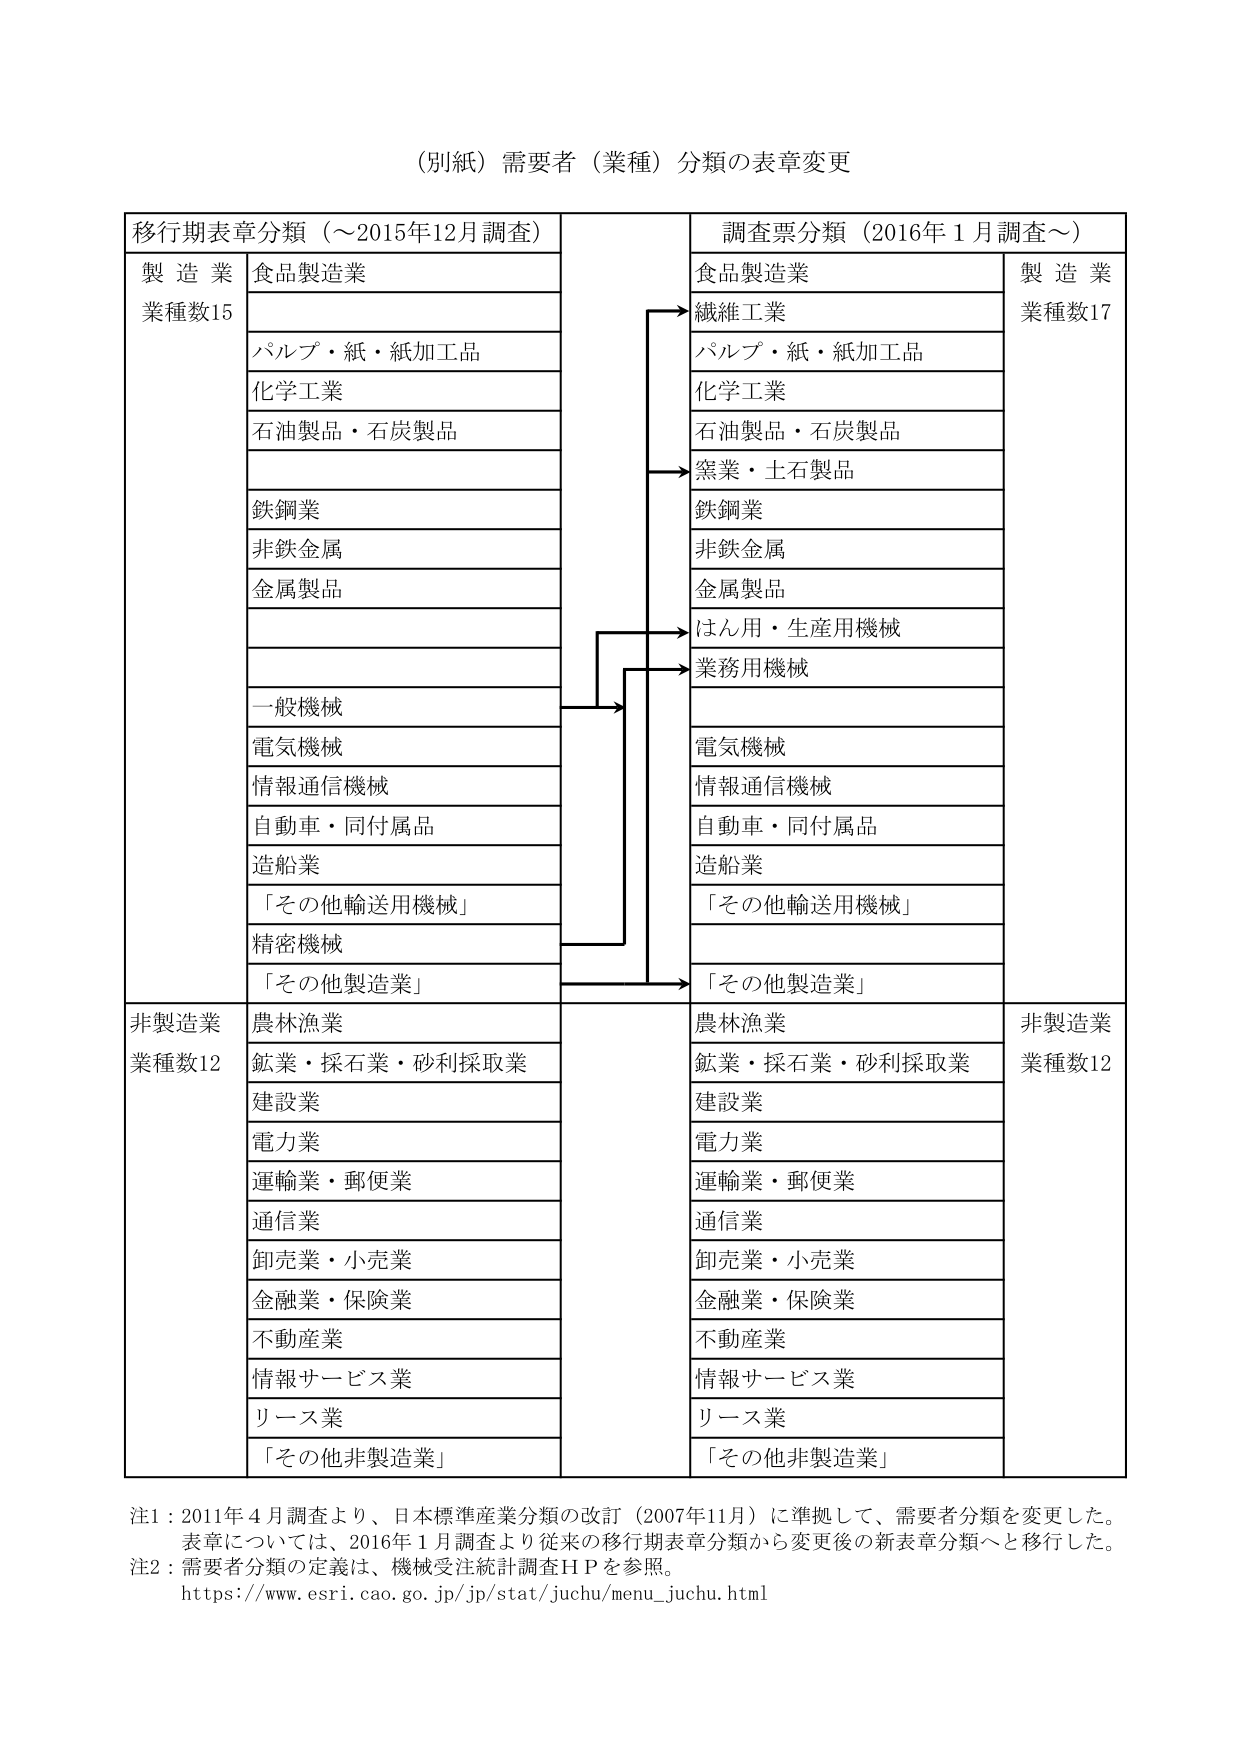
（別紙）需要者（業種）分類の表章変更

移行期表章分類（～2015年12月調査）
製造業
業種数15
食品製造業
パルプ・紙・紙加工品
化学工業
石油製品・石炭製品
鉄鋼業
非鉄金属
金属製品
一般機械
電気機械
情報通信機械
自動車・同付属品
造船業
「その他輸送用機械」
精密機械
「その他製造業」

非製造業
業種数12
農林漁業
鉱業・採石業・砂利採取業
建設業
電力業
運輸業・郵便業
通信業
卸売業・小売業
金融業・保険業
不動産業
情報サービス業
リース業
「その他非製造業」

調査票分類（2016年1月調査～）
食品製造業
繊維工業
パルプ・紙・紙加工品
化学工業
石油製品・石炭製品
窯業・土石製品
鉄鋼業
非鉄金属
金属製品
はん用・生産用機械
業務用機械
電気機械
情報通信機械
自動車・同付属品
造船業
「その他輸送用機械」
「その他製造業」

製造業
業種数17

農林漁業
鉱業・採石業・砂利採取業
建設業
電力業
運輸業・郵便業
通信業
卸売業・小売業
金融業・保険業
不動産業
情報サービス業
リース業
「その他非製造業」

非製造業
業種数12

注1：2011年4月調査より、日本標準産業分類の改訂（2007年11月）に準拠して、需要者分類を変更した。
表章については、2016年1月調査より従来の移行期表章分類から変更後の新表章分類へと移行した。
注2：需要者分類の定義は、機械受注統計調査ＨＰを参照。
https://www.esri.cao.go.jp/jp/stat/juchu/menu_juchu.html